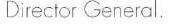
Director General.